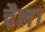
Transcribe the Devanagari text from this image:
चैल।